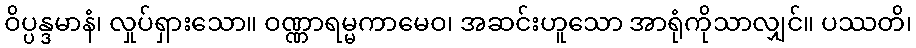
ဝိပ္ပန္ဒမာနံ၊ လှုပ်ရှားသော။ ဝဏ္ဏာရမ္မကာမေဝ၊ အဆင်းဟူသော အာရုံကိုသာလျှင်။ ပဿတိ၊